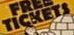
TICKETS